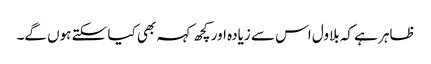
ظاہر ہے کہ بلاول اس سے زیادہ اور کچھ کہہ بھی کیا سکتے ہوں گے۔